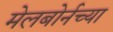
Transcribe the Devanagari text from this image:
मेलबोर्नच्या